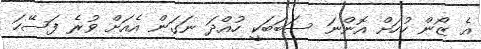
އެ ޒޯން ހުހަށް އޮންނަ ސަބަބަކީ ހުއްދަ ނަގަން އެއަށް ވުރެ ފަސޭހަ